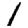
Digit: 1